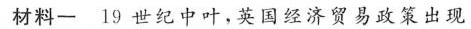
材料一 19世纪中叶，英国经济贸易政策出现